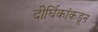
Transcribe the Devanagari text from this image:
दीर्घिकांकडून